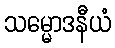
သမ္မောဒနီယံ